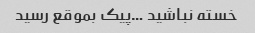
خسته نباشید …پیک بموقع رسید